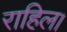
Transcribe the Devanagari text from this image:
राहिल।